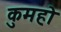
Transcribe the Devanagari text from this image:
कुमहो